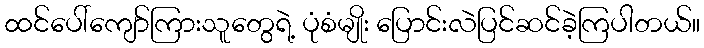
ထင်ပေါ်ကျော်ကြားသူတွေရဲ့ ပုံစံမျိုး ပြောင်းလဲပြင်ဆင်ခဲ့ကြပါတယ်။